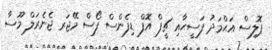
ޕޮލިސް އަޙްމަދު ފަސީޙާއި ޗީފް އޮފް ޑިފެންސް ފޯސް މޭޖަރ ޖެނެރަލް މޫސާ